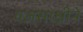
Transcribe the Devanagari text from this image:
यज्ञसाक्षीने